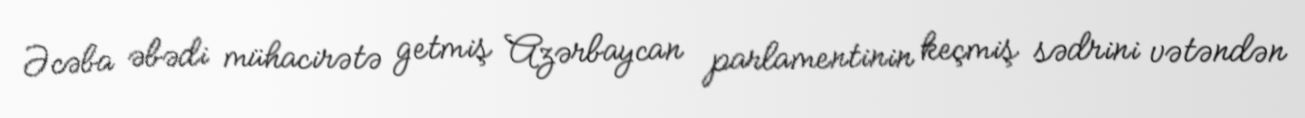
Əcəba əbədi mühacirətə getmiş Azərbaycan parlamentinin keçmiş sədrini vətəndən